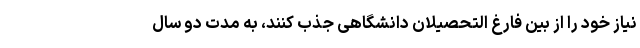
نیاز خود را از بین فارغ التحصیلان دانشگاهی جذب کنند، به مدت دو سال